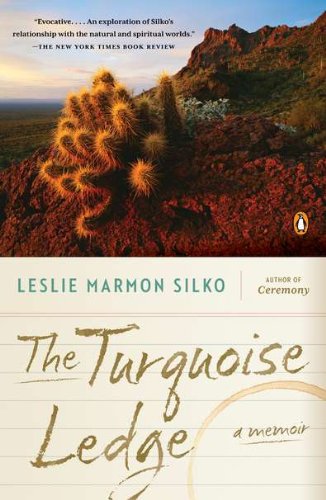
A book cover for The Turquoise Ledge: A Memoir; Leslie Marmon Silko; Biographies & Memoirs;